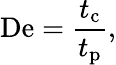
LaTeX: \mathrm{De}={\frac{t_{\mathrm{c}}}{t_{\mathrm{p}}}},